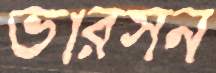
ভারসন